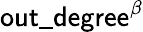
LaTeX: \mathsf{out\_ degree}^{\beta}